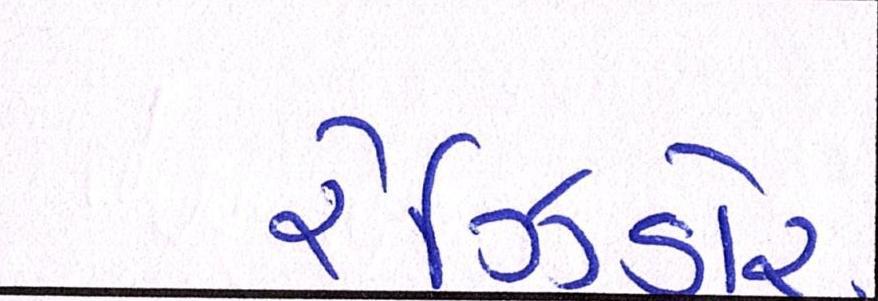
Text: રેઝિડોર